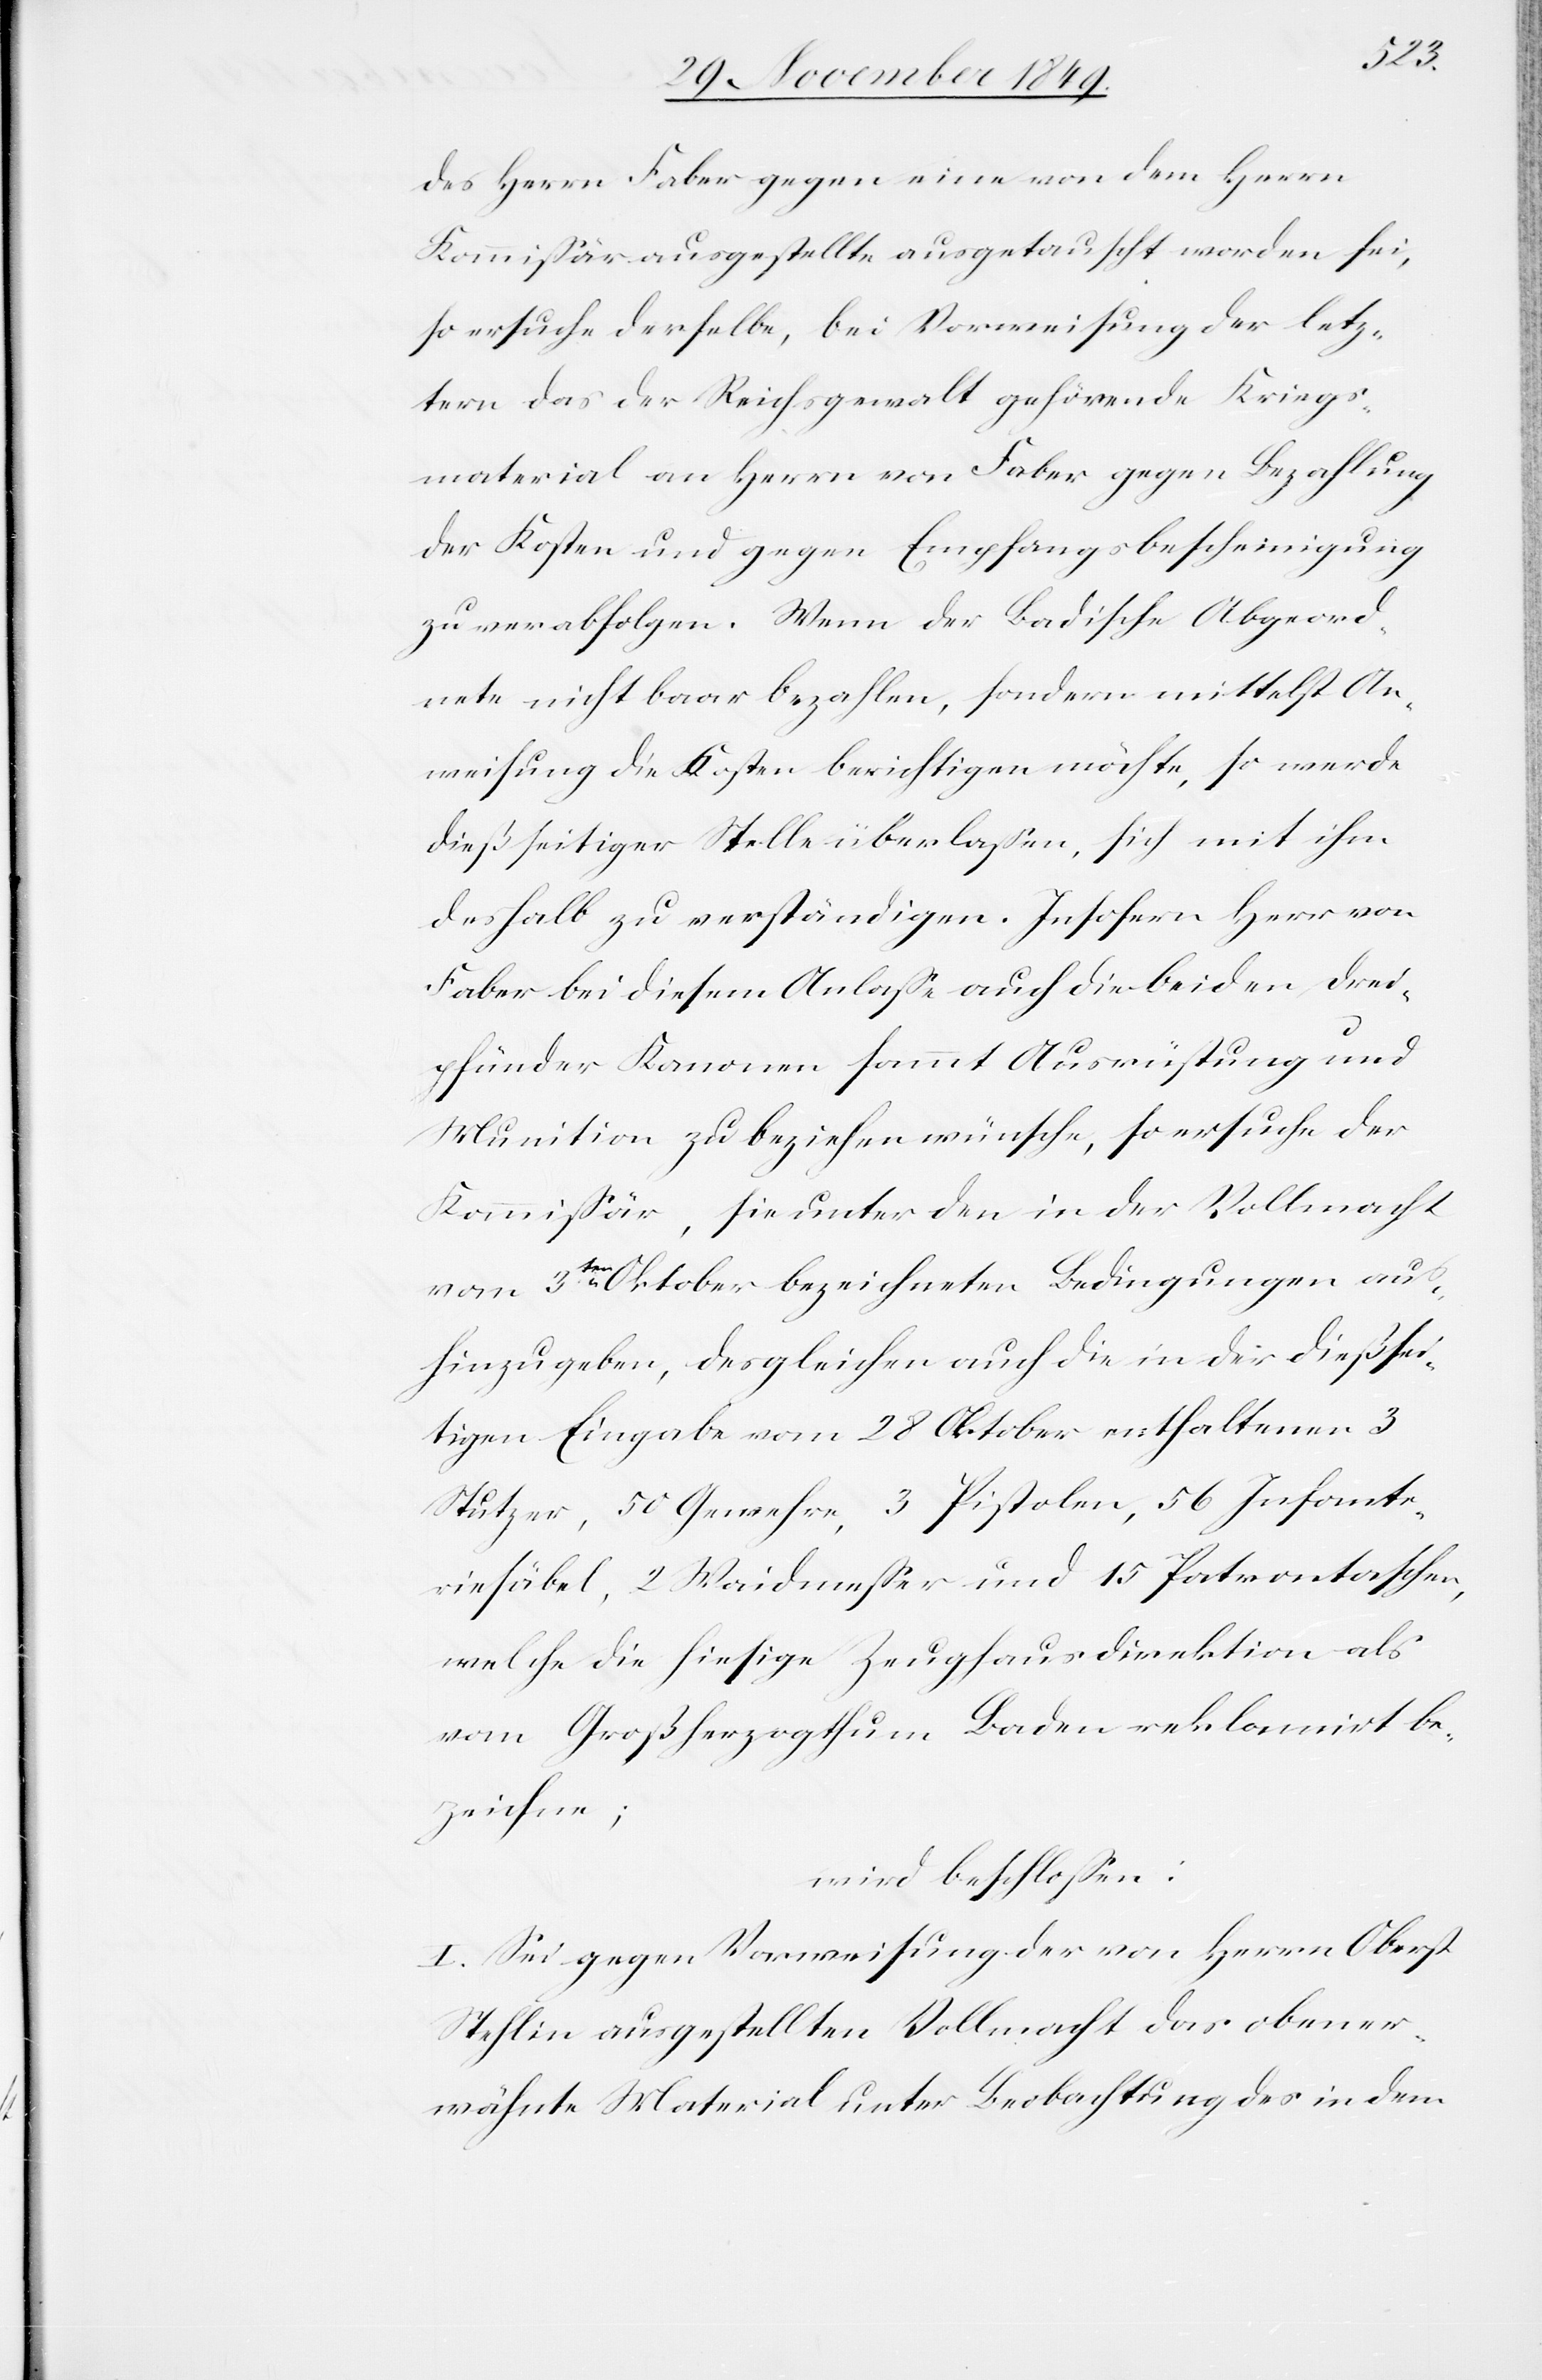
des Herrn Faber gegen eine von dem Herrn
Kommißär ausgestellte ausgetauscht worden sei,
so ersuche derselbe, bei Vorweisung der letz¬
tern das der Reichsgewalt gehörende Kriegs¬
material an Herrn von Faber gegen Bezahlung
der Kosten und gegen Empfangsbescheinigung
zu verabfolgen. Wenn der Badische Abgeord¬
nete nicht baar bezahlen, sondern mittelst An¬
weisung die Kosten berichtigen möchte, so werde
dießseitiger Stelle überlaßen, sich mit ihm
deshalb zu verständigen. Insofern Herr von
Faber bei diesem Anlaße auch die beiden Drei¬
pfünder Kanonen sammt Ausrüstung und
Munition zu beziehen wünsche, so ersuche der
Kommißär, sie unter den in der Vollmacht
vom 3ten Oktober bezeichneten Bedingungen aus¬
hinzugeben, desgleichen auch die in der dießsei¬
tigen Eingabe vom 28 Oktober enthaltenen 3
Stutzer, 50 Gewehre, 3 Pistolen, 56 Infante¬
riesäbel, 2 Waidmeßer und 15 Patrontaschen,
welche die hiesige Zeughausdirektion als
vom Großherzogthum Baden reklamirt be¬
zeichne;
wird beschloßen:
I. Sei gegen Vorweisung der von Herrn Oberst
Stehlin ausgestellten Vollmacht das obener¬
wähnte Material unter Beobachtung des in dem